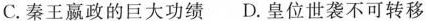
C.秦王嬴政的巨大功绩 D.皇位世袭不可转移